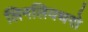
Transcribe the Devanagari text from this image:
लिनलियथगो